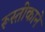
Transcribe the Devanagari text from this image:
रूस्तीकाने